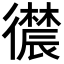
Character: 𪫛